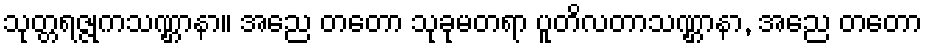
သုတ္တရဇ္ဇုကသဏ္ဌာနာ။ အညေ တတော သုခုမတရာ ပူတိလတာသဏ္ဌာနာ, အညေ တတော